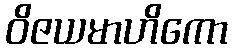
ဝိဇယမာဟိကော